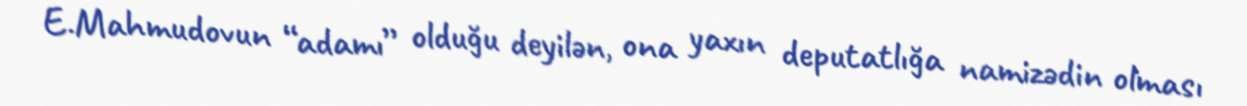
E.Mahmudovun “adamı” olduğu deyilən, ona yaxın deputatlığa namizədin olması